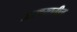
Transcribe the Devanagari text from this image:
अरण्यातील